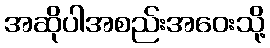
အဆိုပါအစည်းအဝေးသို့